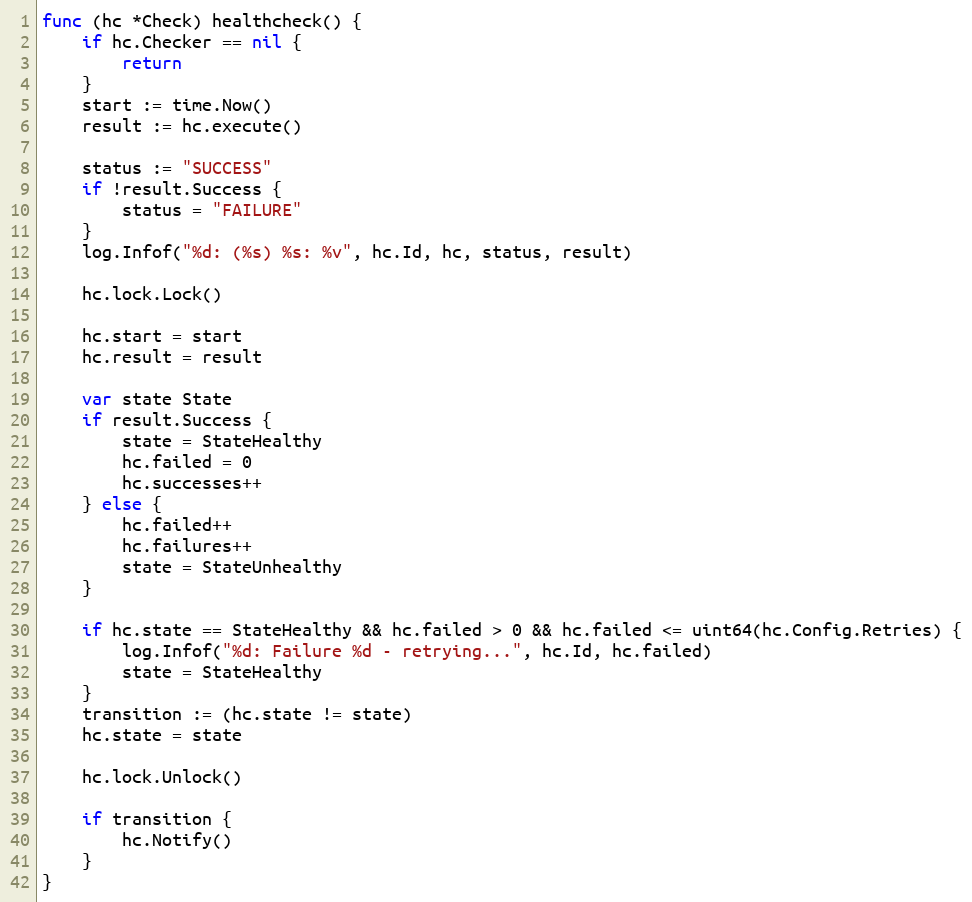
Language: Go
func (hc *Check) healthcheck() {
	if hc.Checker == nil {
		return
	}
	start := time.Now()
	result := hc.execute()

	status := "SUCCESS"
	if !result.Success {
		status = "FAILURE"
	}
	log.Infof("%d: (%s) %s: %v", hc.Id, hc, status, result)

	hc.lock.Lock()

	hc.start = start
	hc.result = result

	var state State
	if result.Success {
		state = StateHealthy
		hc.failed = 0
		hc.successes++
	} else {
		hc.failed++
		hc.failures++
		state = StateUnhealthy
	}

	if hc.state == StateHealthy && hc.failed > 0 && hc.failed <= uint64(hc.Config.Retries) {
		log.Infof("%d: Failure %d - retrying...", hc.Id, hc.failed)
		state = StateHealthy
	}
	transition := (hc.state != state)
	hc.state = state

	hc.lock.Unlock()

	if transition {
		hc.Notify()
	}
}